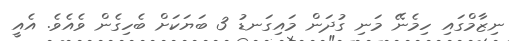
ނިޒާމްގައި ހިމެނޭ މަނި ގުދަން މައިގަނޑު 3 ބަޔަކަށް ބެހިގެން ވެއެވެ. އެއީ